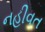
નહીવત